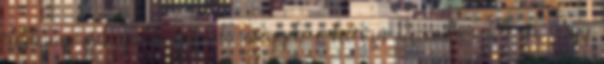
fura muzsikája, hogy oda megyek-e hozzá December 24-én, vagy